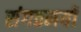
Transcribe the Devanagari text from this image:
संगठमयों